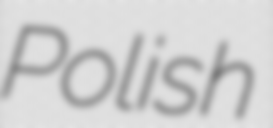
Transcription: Polish